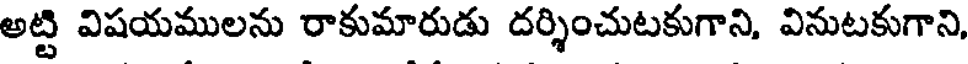
అట్టి విషయములను రాకుమారుడు దర్శించుటకుగాని, వినుటకుగాని,